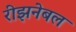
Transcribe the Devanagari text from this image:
रीझनेबल